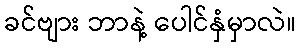
ခင်ဗျား ဘာနဲ့ ပေါင်နှံမှာလဲ။